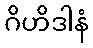
ဂိဟိဒါနံ